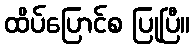
ထိပ်ပြောင်စ ပြုပြီ။